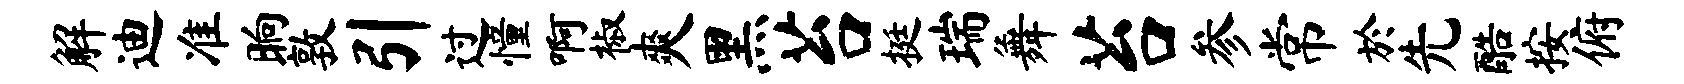
解迪准晌敦引过憧啊椒爽黑苔挺瑞舞苔参常於先酷按俯